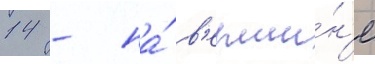
14 - на́ в'ерши́н'е